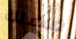
فضلك